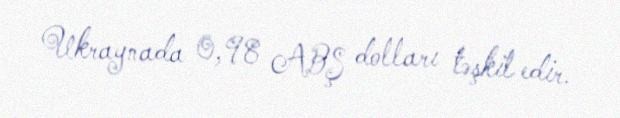
Ukraynada 0,98 ABŞ dolları təşkil edir.